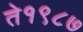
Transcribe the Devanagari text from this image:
ते१९८७